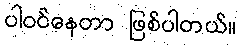
ပါဝင်နေတာ ဖြစ်ပါတယ်။